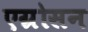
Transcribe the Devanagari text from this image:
एग्रोसन